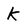
Character: K